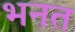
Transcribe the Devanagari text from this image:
भनत